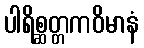
ပါရိစ္ဆတ္တကဝိမာနံ